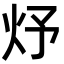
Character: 㶦